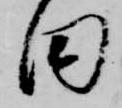
田